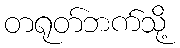
တရုတ်ဘက်သို့